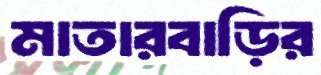
মাতারবাড়ির